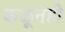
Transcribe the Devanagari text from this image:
कळूनही